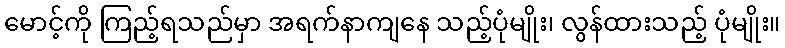
မောင့်ကို ကြည့်ရသည်မှာ အရက်နာကျနေ သည့်ပုံမျိုး၊ လွန်ထားသည့် ပုံမျိုး။